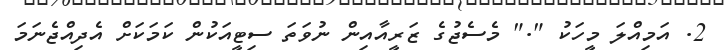
2. އަމިއްލަ މީހަކު "." މެސެޖުގެ ޒަރީއާއިން ނުވަތަ ސިޓީއަކުން ކަމަކަށް އެދިއްޖެނަމަ